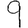
Digit: 9